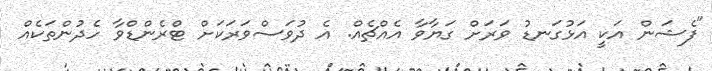
"ފެޝަން އަކީ އަޅުގަނޑު ވަރަށް ގަޔާވާ އެއްޗެއް. އެ ދުވަސްވަރަކަށް ޓްރެންޑްވާ ހެދުންތަކެއް